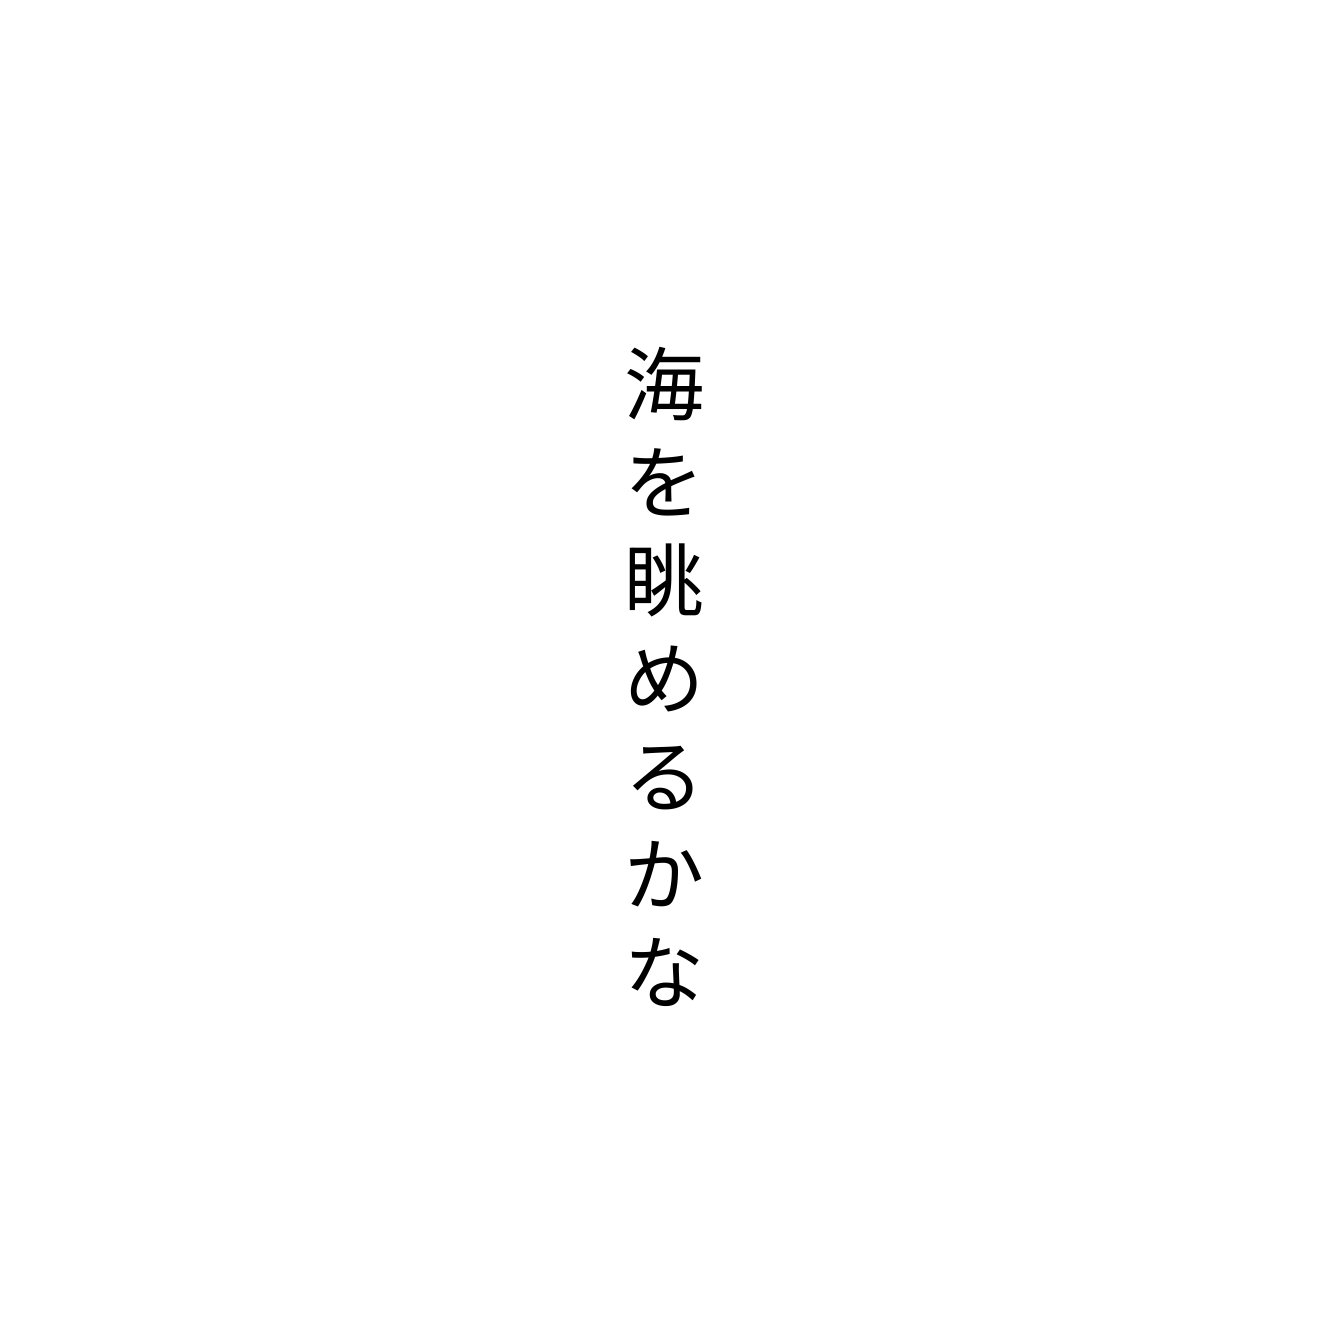
海を眺めるかな